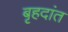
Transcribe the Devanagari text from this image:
बृहदांत